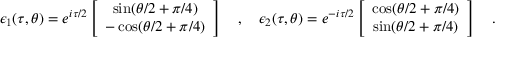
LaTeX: \epsilon _ { 1 } ( \tau , \theta ) = e ^ { i \tau / 2 } \left[ \begin{array} { c } { { \sin ( \theta / 2 + \pi / 4 ) } } \\ { { - \cos ( \theta / 2 + \pi / 4 ) } } \end{array} \right] ~ ~ ~ , ~ ~ ~ \epsilon _ { 2 } ( \tau , \theta ) = e ^ { - i \tau / 2 } \left[ \begin{array} { c } { { \cos ( \theta / 2 + \pi / 4 ) } } \\ { { \sin ( \theta / 2 + \pi / 4 ) } } \end{array} \right] ~ ~ ~ .